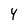
Character: 4